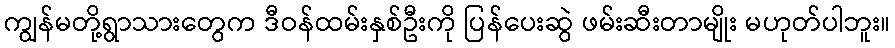
ကျွန်မတို့ရွာသားတွေက ဒီဝန်ထမ်းနှစ်ဦးကို ပြန်ပေးဆွဲ ဖမ်းဆီးတာမျိုး မဟုတ်ပါဘူး။